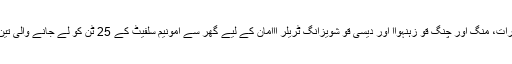
" ہوا آدھی رات، منگ اور چنگ قو زہنہواا اور دیسی قو شویزانگ ٹریلر ااامان کے لیے گھر سے امونیم سلفیٹ کے 25 ٹن کو لے جانے والی تین آدمی ہیں ۔